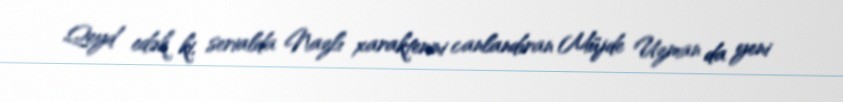
Qeyd edək ki, serialda Nazlı xarakterini canlandıran Müjde Uzman da yeni